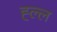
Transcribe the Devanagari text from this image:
ह्ल्ल